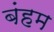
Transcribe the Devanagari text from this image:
बंहम